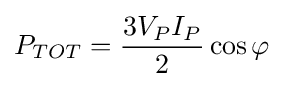
P_{TOT}={\frac {3V_{P}I_{P}}{2}}\cos \varphi